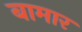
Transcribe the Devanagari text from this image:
बामार